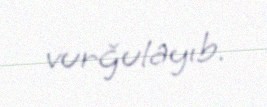
vurğulayıb.